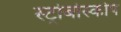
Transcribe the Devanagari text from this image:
स्ट्रोबोस्कोप